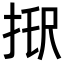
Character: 𢭑